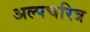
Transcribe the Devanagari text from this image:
अल्पचरित्र